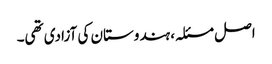
اصل مسئلہ، ہندوستان کی آزادی تھی۔